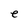
Character: e